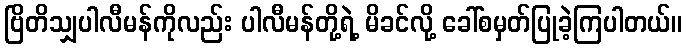
ဗြိတိသျှပါလီမန်ကိုလည်း ပါလီမန်တို့ရဲ့ မိခင်လို့ ခေါ်စမှတ်ပြုခဲ့ကြပါတယ်။